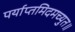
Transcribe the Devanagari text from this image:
पर्याप्तमिदमच्युत॥